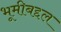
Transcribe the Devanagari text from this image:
भूमीबद्दल